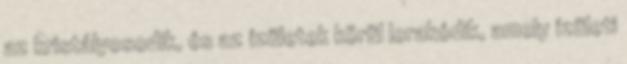
az kristályosodik, és az ízületek körül lerakódik, amely ízületi